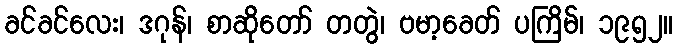
ခင်ခင်လေး၊ ဒဂုန်၊ စာဆိုတော် တတွဲ၊ ဗမာ့ခေတ် ပကြိမ်၊ ၁၉၅၂။